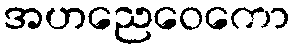
အဟညေဝေကော